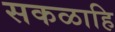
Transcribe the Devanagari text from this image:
सकळाहि